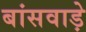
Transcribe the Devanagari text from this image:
बांसवाड़े